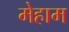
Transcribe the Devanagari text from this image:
मेहाम